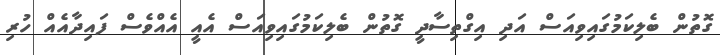
ގޮތުން ބެލިކަމުގައިވިއަސް އަދި އިގްތިސާދީ ގޮތުން ބެލިކަމުގައިވިއަސް އެއީ އެއްވެސް ފައިދާއެއް ހުރި